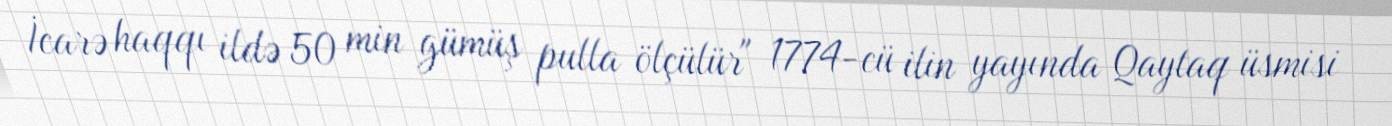
İcarə haqqı ildə 50 min gümüş pulla ölçülür" 1774-cü ilin yayında Qaytaq üsmisi